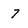
Character: 7